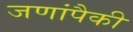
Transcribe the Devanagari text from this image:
जणांपैकी